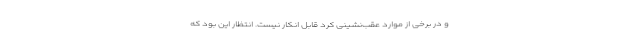
و در برخی از موارد عقب‌نشینی کرد قابل انکار نیست. انتظار این بود که